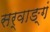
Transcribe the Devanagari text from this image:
सर्वाङ्गं